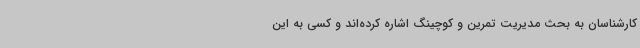
کارشناسان به بحث مدیریت تمرین و کوچینگ اشاره کرده‌اند و کسی به این